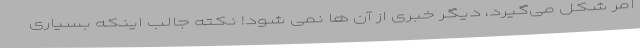
امر شکل می‌گیرد، دیگر خبری از آن ها نمی شود! نکته جالب اینکه بسیاری